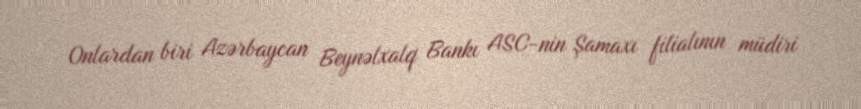
Onlardan biri Azərbaycan Beynəlxalq Bankı ASC-nin Şamaxı filialının müdiri